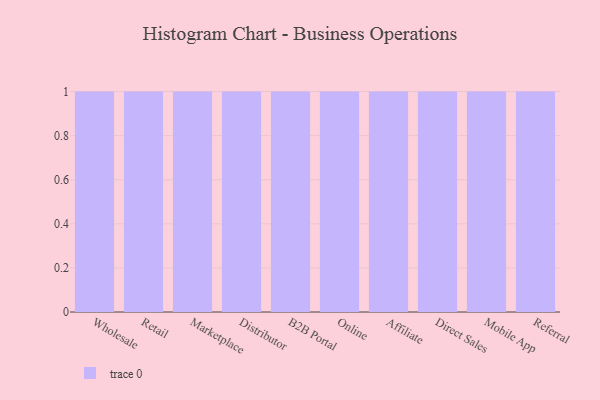
{"axis": {"x": "Channel", "y": "Headcount"}, "legend": [""], "data": [{"x": "Wholesale", "y": 30, "type": ""}, {"x": "Retail", "y": 75, "type": ""}, {"x": "Marketplace", "y": 57, "type": ""}, {"x": "Distributor", "y": 94, "type": ""}, {"x": "B2B Portal", "y": 45, "type": ""}, {"x": "Online", "y": 97, "type": ""}, {"x": "Affiliate", "y": 80, "type": ""}, {"x": "Direct Sales", "y": 99, "type": ""}, {"x": "Mobile App", "y": 2, "type": ""}, {"x": "Referral", "y": 17, "type": ""}]}